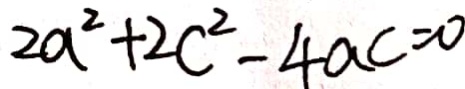
2 a ^ { 2 } + 2 c ^ { 2 } - 4 a c = 0